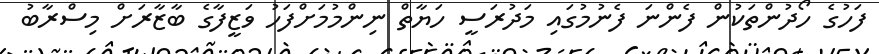
ފަހުގެ ހޯދުންތަކުން ފެންނަ ފެނުމުގައި މަދުރަސީ ހަޔާތް ނިންމުމަށްފަހު ވަޒީފާގެ ބާޒާރަށް މިސްރާބު